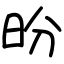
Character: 昐